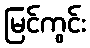
မြင်ကွင်း